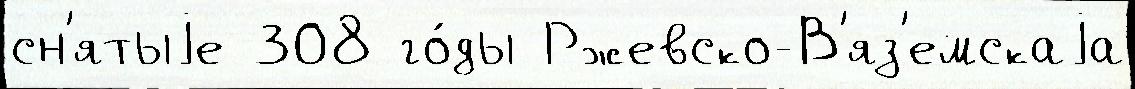
сн'ятыjе 308 го́ды Ржевско-В'яз'емскаjа